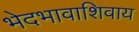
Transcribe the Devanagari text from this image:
भेदभावाशिवाय